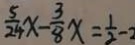
\frac { 5 } { 2 4 } x - \frac { 3 } { 8 } x = \frac { 1 } { 2 } - 2